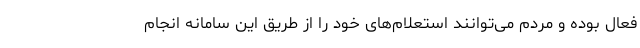
فعال بوده و مردم می‌توانند استعلام‌های خود را از طریق این سامانه انجام